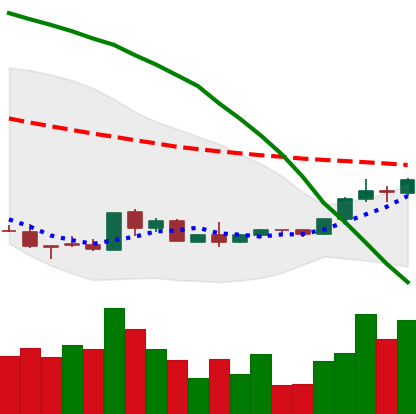
Ticker: EOS-USD
Chart end date: 2018-08-31
Forward return: -18.789%
Label: down_7plus